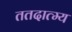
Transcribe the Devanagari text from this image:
ततदात्म्य